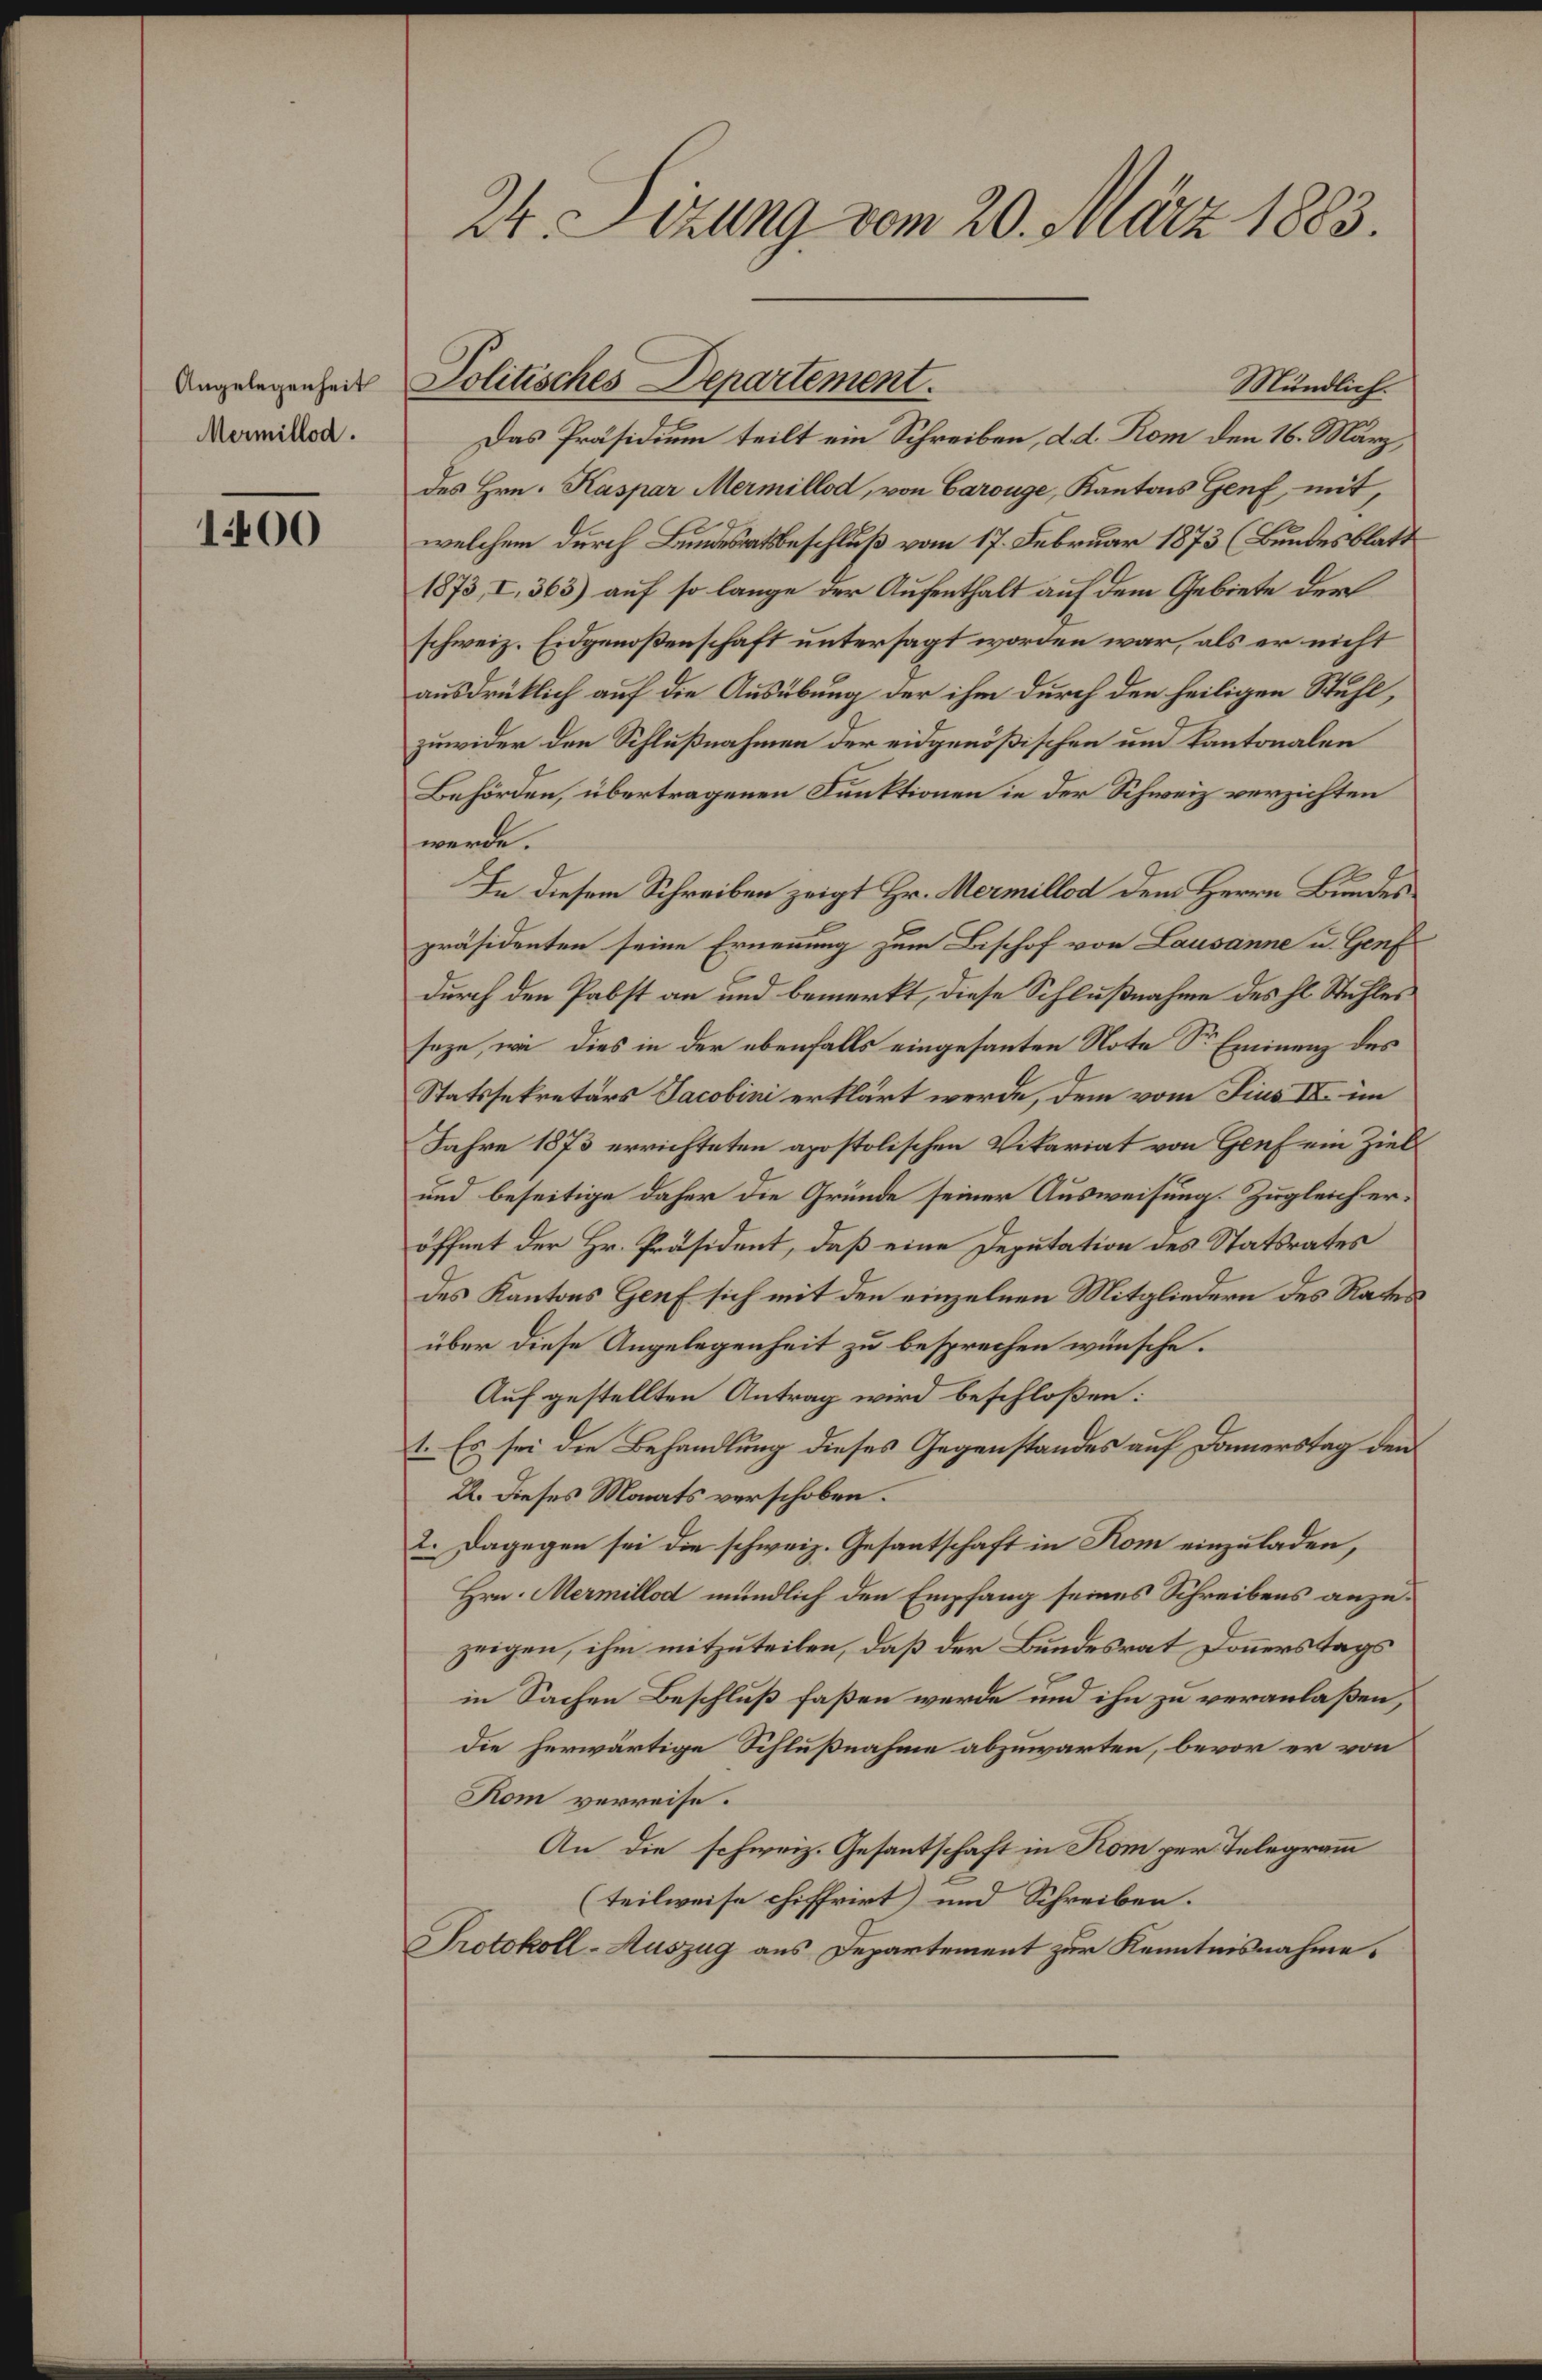
Angelegenheit
Mermillod.

1400

24. Sizung vom 20. März 1883.

Mündlich.
Das Präsidium teilt ein Schreiben, d. d. Rom den 16. März,
des Hrn. Kaspar Mermillod, von Carouge, Kantons Genf mit,
welchem durch Bundesratsbeschluß vom 17. Februar 1873 (Bundesblatt
1873, I, 363) auf so lange der Aufenthalt auf dem Gebiete der
schweiz. Eidgenoßenschaft untersagt worden war, als er nicht
ausdrücklich auf die Ausübung der ihm durch den heiligen Stuhl,
zuwider den Schlußnahmen der eidgenößischen und Kantonalen
Behörden, übertragenen Funktionen in der Schweiz verzichten
werde.
In diesem Schreiben zeigt Hr. Mermillod dem Herrn Bundes
präsidenten seine Ernennung zum Bischof von Lausanne u. Genf
durch den Pabst an und bemerkt, diese Schlußnahme des hl. Stuhles
saze, wie dies in der ebenfalls eingesanten Note Sr. Eminenz des
Statssekretärs Jacobini erklärt werde, dem vom Fius IV. im
Jahre 1873 errichteten apostolischen Vikariat von Genf ein Ziel
und beseitige daher die Gründe seiner Ausweisung. Zugleich eröffnet der Hr. Präsident, daß eine Deputation des Statsrates
des Kantons Genf sich mit den einzelnen Mitgliedern des Rates
über diese Angelegenheit zu besprechen wünsche.
Auf gestellten Antrag wird beschloßen:
1. Es sei die Behandlung dieses Gegenstandes auf Damerstag den
2. Dieses Monats verschoben.
2. Dagegen sei die schweiz. Gesantschaft in Kom einzuladen,
Hrn. Mermillod mündlich den Empfang seines Schreibens anzuzeigen, ihm mitzuteilen, daß der Bundesrat Donnerstags
in Sachen Beschluß faßen werde und ihn zu veranlaßen,
die herwärtige Schlußnahme abzuwarten, bevor er von
Kom verreise.
An die schweiz. Gesantschaft in Kom per Telegramm
(teilweise chiffrirt und Schreiben.
Protokoll-Auszug aus Departement zur Kenntnisnahme.

Politisches Departement.